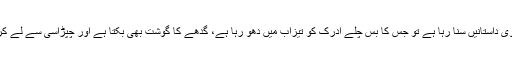
شریف خاندان اپنی بڑی بڑی جائیدادوں کے بارے میں الف لیلوی داستانیں سنا رہا ہے تو جس کا بس چلے ادرک کو تیزاب میں دھو رہا ہے، گدھے کا گوشت بھی بکتا ہے اور چپڑاسی سے لے کر اُوپر محکمے کے سیکرٹری تک جو کر سکتا ہے کرتا ہے۔